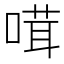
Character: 𠺊